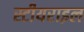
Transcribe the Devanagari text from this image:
स्टीयराइल